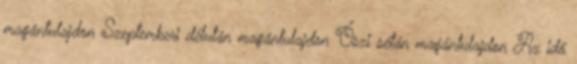
magántulajdon Szeptemberi délután magántulajdon Őszi sétán magántulajdon Az idő